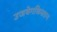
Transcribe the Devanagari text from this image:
उजबेगकिस्तान